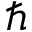
\hbar